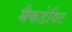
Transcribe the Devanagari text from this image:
मैकडेविट